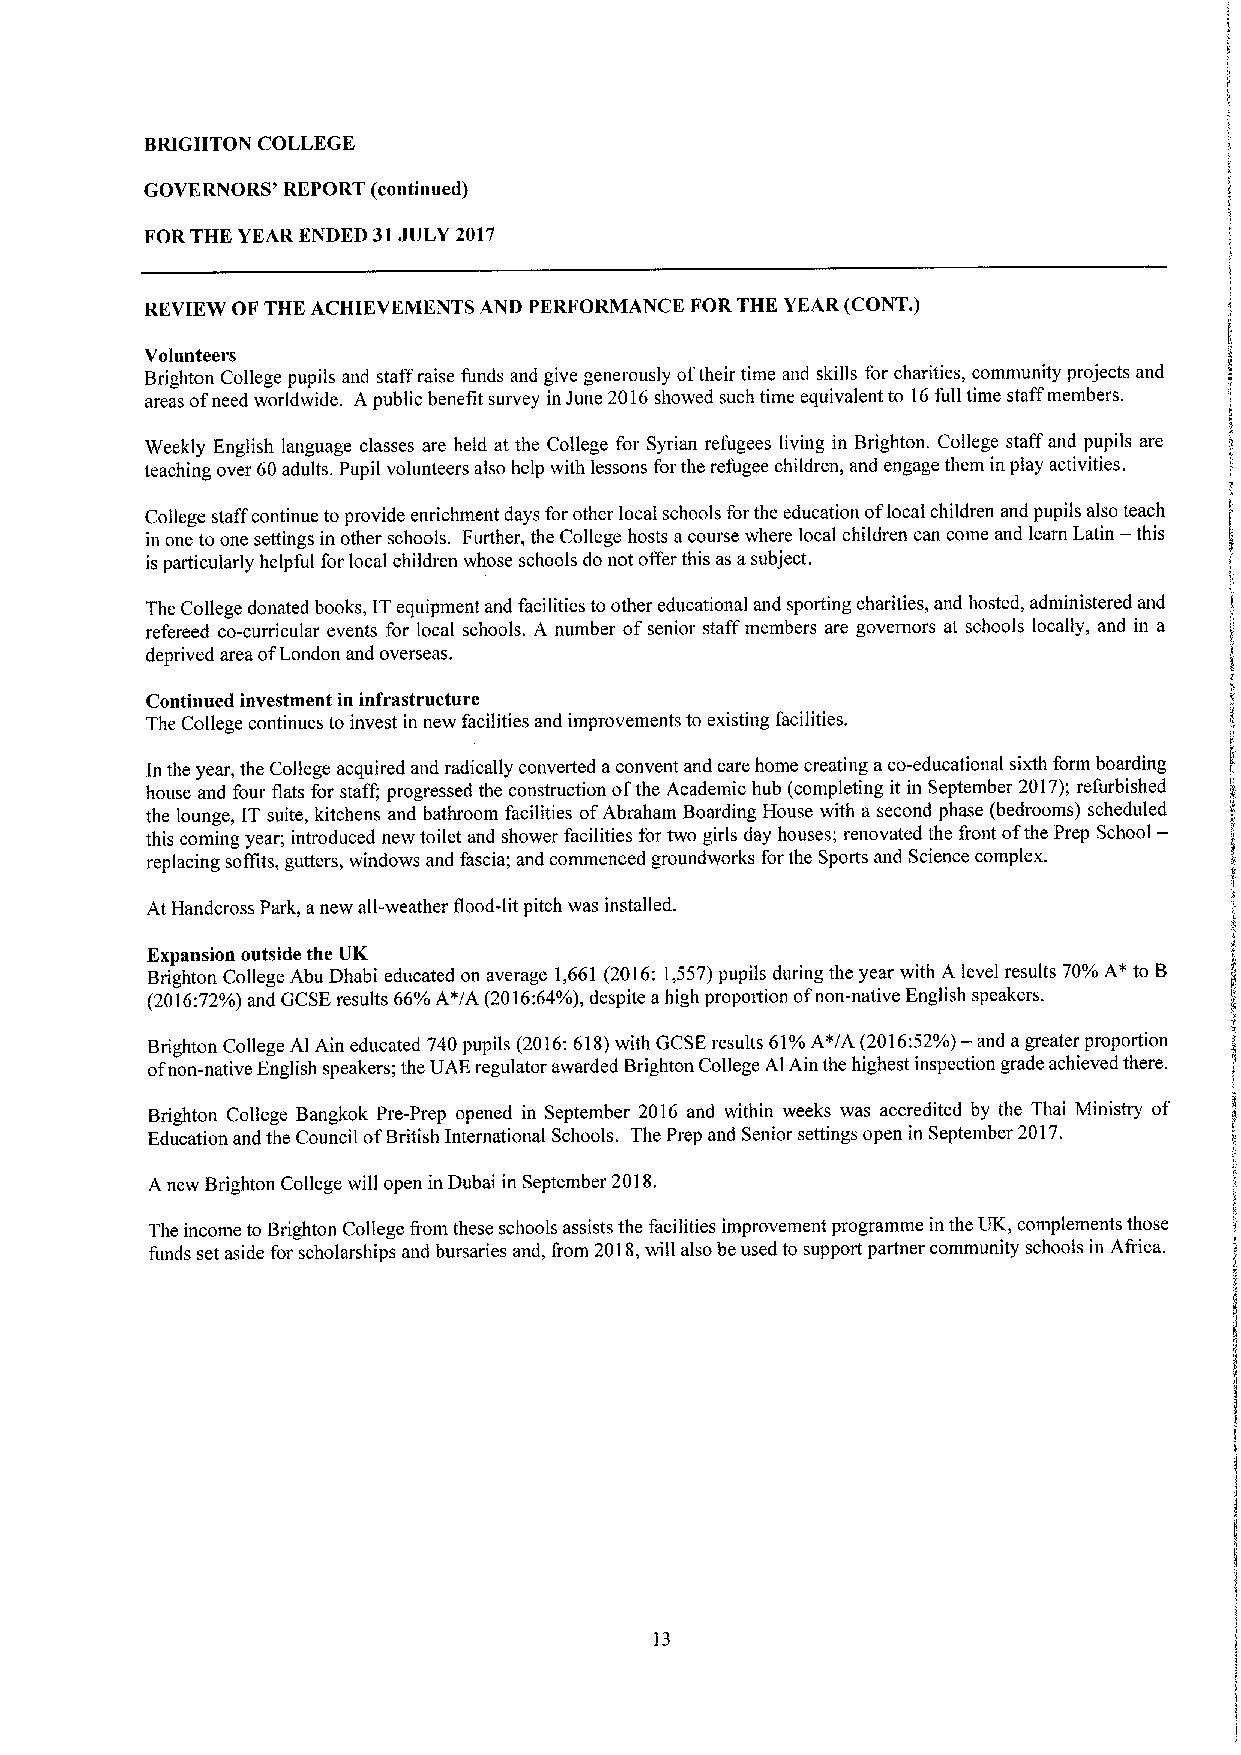
BRIGHTON COLLEGE
 GOVERNORS' REPORT (continued)
 FOR THE YEAR ENDED 31JULY 2017
 REVIEW OF THE ACHIEVEMENTS AND PERFORMANCE FORTHE YEAR (CONT.)
 Volunteers
 Brighton College pupils and staff raise funds and give generously oftheir time and skills for charities, community projects and
 areas ofneed worldwide. A public benefit survey in June 2016showed such time equivalent to 16full time staff members.
 Weekly English language classes are held at the College for Syrian refugees living in Brighton. College staff and pupils are
 teaching over 60adults. Pupil volunteers also help with lessons forthe refugee children, and engage them in play activities.
 College staffcontinue to provide enrichment days for other local schools forthe education oflocal children and pupils also teach
 —
 in one to one settings in other schools. Further, the College hosts acourse where local children can come and learn Latin this
 is particularly helpful for local children whose schools do not offer this as asubject.
 The College donated books, ITequipment and facilities to other educational and sporting charities, and hasted, administered and
 refereed co-curricular events for local schools. A number ofsenior staff members are governors at schools locally, and in a
 deprived area ofLondon and overseas.
 Continued investment in infrastructure
 The College continues to invest in new facilities and improvements to existing facilities.
 In the year, the College acquired and radically converted aconvent and care home creating aco-educational sixth form boarding
 house and four flats for staff; progressed the construction ofthe Academic hub (completing it in September 2017);refurbished
 the lounge, IT suite, kitchens and bathroom facilities ofAbraham Boarding House with a second phase (bedrooms) scheduled
 this coming year; introduced new toilet and shower facilities for two girls day houses; renovated the front ofthe Prep School—
 replacing soffits, gutters, windows and fascia; and commenced groundworks for the Sports and Science complex.
 At Handcross Park, anew all-weather flood-lit pitch was installed.
 Expansion outside the UK
 Brighton College Abu Dhabi educated on average 1,661 (2016:1,557)pupils during the year with A level results 70%A*to B
 (2016:72%)and GCSEresults 66%A*/A (2016:64%),despite ahigh proportion ofnon-native English speakers.
 Brighton College Al Ain educated 740pupils (2016:618)with GCSEresults 61%A~/A (2016:52%)— and agreater proportion
 ofnon-native English speakers; the UAE regulator awarded Brighton College Al Ain the highest inspection grade achieved there.
 Brighton College Bangkok Pre-Prep opened in September 2016 and within weeks was accredited by the Thai Ministry of
 Education and the Council ofBritish International Schools. The Prep and Senior settings open in September 2017.
 A new Brighton College will open in Dubai in September 2018.
 The income to Brighton College from these schools assists the facilities improvement programme in the UK, complements those
 funds set aside for scholarships and bursaries and, from 2018,will also be used to support partner community schools in Africa.
 13